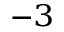
^ { - 3 }